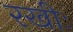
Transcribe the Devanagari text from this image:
रखीः